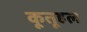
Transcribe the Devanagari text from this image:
कूतूहल